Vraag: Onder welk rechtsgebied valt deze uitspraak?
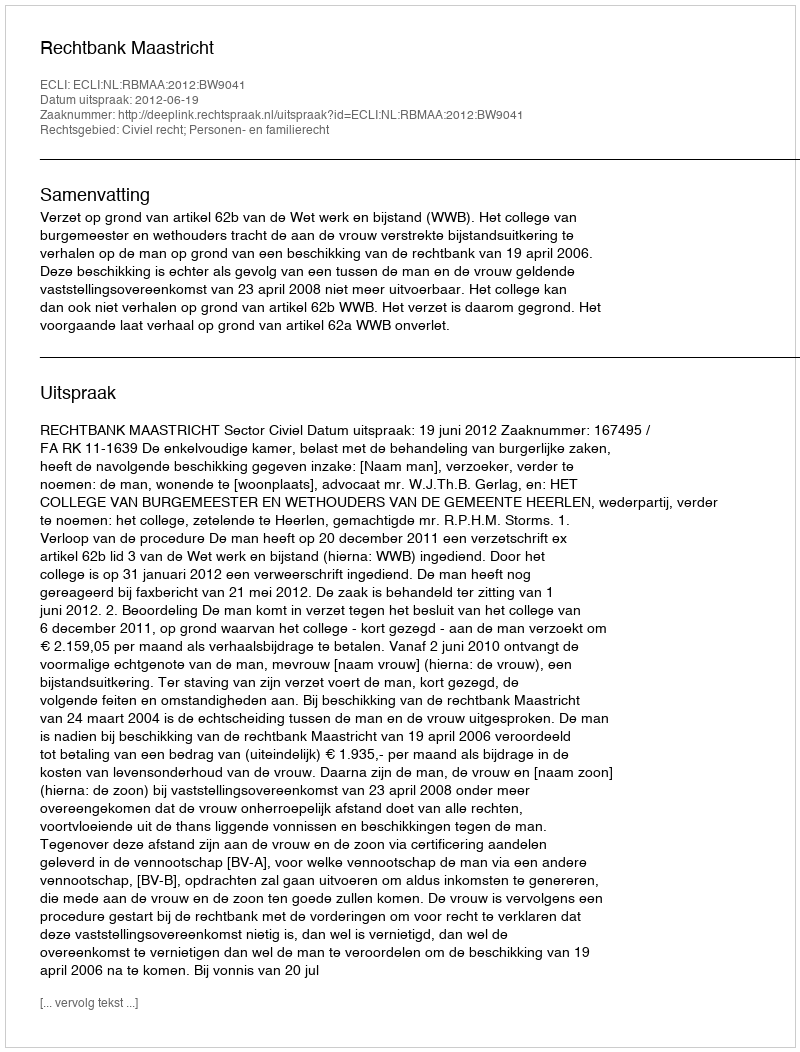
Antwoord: Civiel recht; Personen- en familierecht